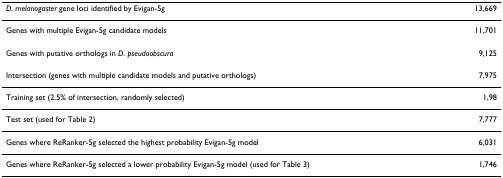
<table><thead><tr><td><b><i>D. melanogaster </i>gene loci identified by Evigan-5g</b></td><td><b>13,669</b></td></tr></thead><tbody><tr><td>Genes with multiple Evigan-5g candidate models</td><td>11,701</td></tr><tr><td>Genes with putative orthologs in <i>D. pseudoobscura</i></td><td>9,125</td></tr><tr><td>Intersection (genes with multiple candidate models and putative orthologs)</td><td>7,975</td></tr><tr><td>Training set (2.5% of intersection, randomly selected)</td><td>1,98</td></tr><tr><td>Test set (used for Table 2)</td><td>7,777</td></tr><tr><td>Genes where ReRanker-5g selected the highest probability Evigan-5g model</td><td>6,031</td></tr><tr><td>Genes where ReRanker-5g selected a lower probability Evigan-5g model (used for Table 3)</td><td>1,746</td></tr></tbody></table>